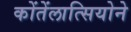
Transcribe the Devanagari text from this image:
कोंतेंलात्सियोने